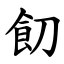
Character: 䬢